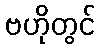
ဗဟိုတွင်